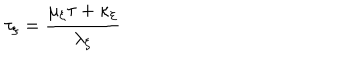
LaTeX: \tau _ { \xi } = \frac { \mu _ { \xi } \tau + \kappa _ { \xi } } { \lambda _ { \xi } }